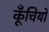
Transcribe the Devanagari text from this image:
कूँचियों